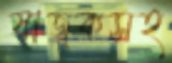
যাজকসহ